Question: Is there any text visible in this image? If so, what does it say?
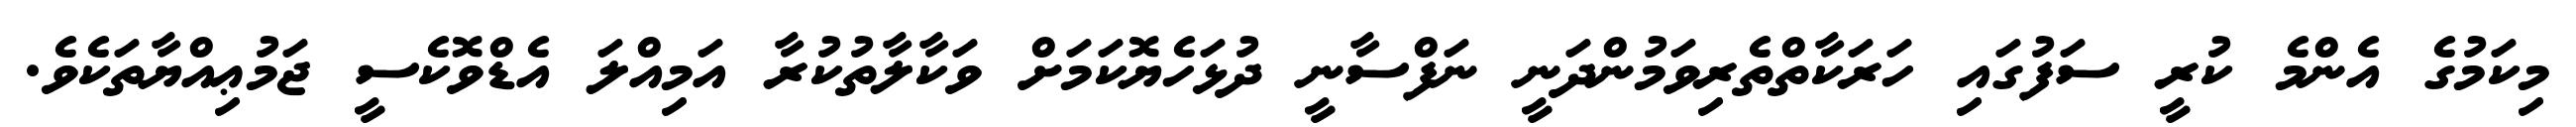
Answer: މިކަމުގެ އެންމެ ކުރީ ސަފުގައި ހަރަކާތްތެރިވަމުންދަނީ ނަފްސާނީ ދުޅަހެޔޮކަމަށް ވަކާލާތުކުރާ އަމިއްލަ އެޑްވޮކެސީ ޖަމުޢިއްޔާތަކެވެ.